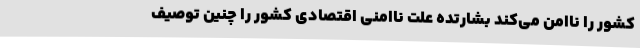
کشور را ناامن می‌کند بشارتده علت ناامنی اقتصادی کشور را چنین توصیف